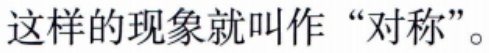
这样的现象就叫作“对称”。